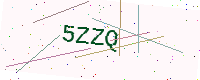
Text: 5ZZQ